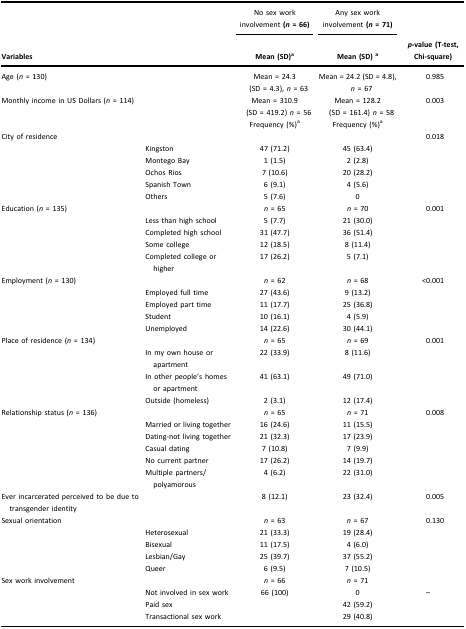
<table><thead><tr><td><b> </b></td><td><b> </b></td><td><b>No sex work involvement (<i>n</i> = 66)</b></td><td><b>Any sex work involvement (<i>n</i> = 71)</b></td><td><b> </b></td></tr><tr><td><b>Variables</b></td><td><b> </b></td><td><b>Mean (SD)<sup>a</sup></b></td><td><b>Mean (SD) <sup>a</sup></b></td><td><b><i>p</i>-value (T-test, Chi-square)</b></td></tr></thead><tbody><tr><td>Age (<i>n</i> = 130)</td><td> </td><td>Mean = 24.3 (SD = 4.3), <i>n</i> = 63</td><td>Mean = 24.2 (SD = 4.8), <i>n</i> = 67</td><td>0.985</td></tr><tr><td>Monthly income in US Dollars (<i>n</i> = 114)</td><td> </td><td>Mean = 310.9 (SD = 419.2) <i>n</i> = 56</td><td>Mean = 128.2 (SD = 161.4) <i>n</i> = 58</td><td>0.003</td></tr><tr><td> </td><td> </td><td>Frequency (%)<sup>a</sup></td><td>Frequency (%)<sup>a</sup></td><td> </td></tr><tr><td>City of residence</td><td> </td><td> </td><td> </td><td>0.018</td></tr><tr><td> </td><td>Kingston</td><td>47 (71.2)</td><td>45 (63.4)</td><td> </td></tr><tr><td> </td><td>Montego Bay</td><td>1 (1.5)</td><td>2 (2.8)</td><td> </td></tr><tr><td> </td><td>Ochos Rios</td><td>7 (10.6)</td><td>20 (28.2)</td><td> </td></tr><tr><td> </td><td>Spanish Town</td><td>6 (9.1)</td><td>4 (5.6)</td><td> </td></tr><tr><td> </td><td>Others</td><td>5 (7.6)</td><td>0</td><td> </td></tr><tr><td>Education (<i>n</i> = 135)</td><td> </td><td><i>n</i> = 65</td><td><i>n</i> = 70</td><td>0.001</td></tr><tr><td> </td><td>Less than high school</td><td>5 (7.7)</td><td>21 (30.0)</td><td> </td></tr><tr><td> </td><td>Completed high school</td><td>31 (47.7)</td><td>36 (51.4)</td><td> </td></tr><tr><td> </td><td>Some college</td><td>12 (18.5)</td><td>8 (11.4)</td><td> </td></tr><tr><td> </td><td>Completed college or higher</td><td>17 (26.2)</td><td>5 (7.1)</td><td> </td></tr><tr><td>Employment (<i>n</i> = 130)</td><td> </td><td><i>n</i> = 62</td><td><i>n</i> = 68</td><td>&lt;0.001</td></tr><tr><td> </td><td>Employed full time</td><td>27 (43.6)</td><td>9 (13.2)</td><td> </td></tr><tr><td> </td><td>Employed part time</td><td>11 (17.7)</td><td>25 (36.8)</td><td> </td></tr><tr><td> </td><td>Student</td><td>10 (16.1)</td><td>4 (5.9)</td><td> </td></tr><tr><td> </td><td>Unemployed</td><td>14 (22.6)</td><td>30 (44.1)</td><td> </td></tr><tr><td>Place of residence (<i>n</i> = 134)</td><td> </td><td><i>n</i> = 65</td><td><i>n</i> = 69</td><td>0.001</td></tr><tr><td> </td><td>In my own house or apartment</td><td>22 (33.9)</td><td>8 (11.6)</td><td> </td></tr><tr><td> </td><td>In other people’s homes or apartment</td><td>41 (63.1)</td><td>49 (71.0)</td><td> </td></tr><tr><td> </td><td>Outside (homeless)</td><td>2 (3.1)</td><td>12 (17.4)</td><td> </td></tr><tr><td>Relationship status (<i>n</i> = 136)</td><td> </td><td><i>n</i> = 65</td><td><i>n</i> = 71</td><td>0.008</td></tr><tr><td> </td><td>Married or living together</td><td>16 (24.6)</td><td>11 (15.5)</td><td> </td></tr><tr><td> </td><td>Dating-not living together</td><td>21 (32.3)</td><td>17 (23.9)</td><td> </td></tr><tr><td> </td><td>Casual dating</td><td>7 (10.8)</td><td>7 (9.9)</td><td> </td></tr><tr><td> </td><td>No current partner</td><td>17 (26.2)</td><td>14 (19.7)</td><td> </td></tr><tr><td> </td><td>Multiple partners/polyamorous</td><td>4 (6.2)</td><td>22 (31.0)</td><td> </td></tr><tr><td>Ever incarcerated perceived to be due to transgender identity</td><td> </td><td>8 (12.1)</td><td>23 (32.4)</td><td>0.005</td></tr><tr><td>Sexual orientation</td><td> </td><td><i>n</i> = 63</td><td><i>n</i> = 67</td><td>0.130</td></tr><tr><td> </td><td>Heterosexual</td><td>21 (33.3)</td><td>19 (28.4)</td><td> </td></tr><tr><td> </td><td>Bisexual</td><td>11 (17.5)</td><td>4 (6.0)</td><td> </td></tr><tr><td> </td><td>Lesbian/Gay</td><td>25 (39.7)</td><td>37 (55.2)</td><td> </td></tr><tr><td> </td><td>Queer</td><td>6 (9.5)</td><td>7 (10.5)</td><td> </td></tr><tr><td>Sex work involvement</td><td> </td><td><i>n</i> = 66</td><td><i>n</i> = 71</td><td> </td></tr><tr><td> </td><td>Not involved in sex work</td><td>66 (100)</td><td>0</td><td>–</td></tr><tr><td> </td><td>Paid sex</td><td> </td><td>42 (59.2)</td><td> </td></tr><tr><td> </td><td>Transactional sex work</td><td> </td><td>29 (40.8)</td><td> </td></tr></tbody></table>